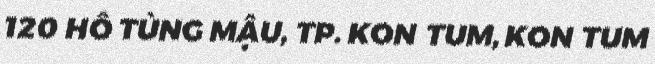
120 HỒ TÙNG MẬU, TP. KON TUM, KON TUM